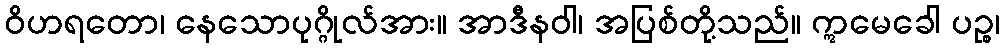
ဝိဟရတော၊ နေသောပုဂ္ဂိုလ်အား။ အာဒီနဝါ၊ အပြစ်တို့သည်။ ဣမေခေါ ပဉ္စ၊